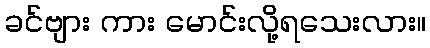
ခင်ဗျား ကား မောင်းလို့ရသေးလား။